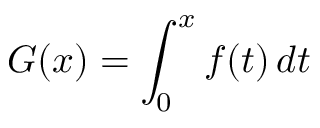
G ( x ) = \int _ { 0 } ^ { x } f ( t ) \, d t